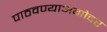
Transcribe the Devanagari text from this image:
पाठवण्याअगोदर